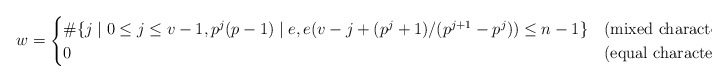
\begin{align*} w = \begin{cases} \# \{ j \mid 0\leq j \leq v-1, p^j(p-1) \mid e, e (v-j + (p^j+1) / (p^{j+1}-p^j)) \leq n-1 \} & \textrm{(mixed characteristic)} \\ 0 & \textrm{(equal characteristic)} \end{cases}\end{align*}